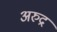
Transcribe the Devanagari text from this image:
अरुद्र